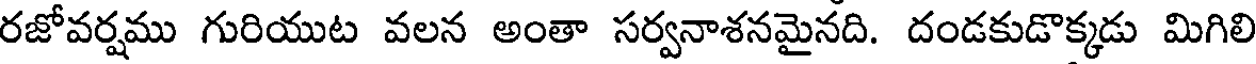
రజోవర్షము గురియుట వలన అంతా సర్వనాశనమైనది. దండకుడొక్కడు మిగిలి